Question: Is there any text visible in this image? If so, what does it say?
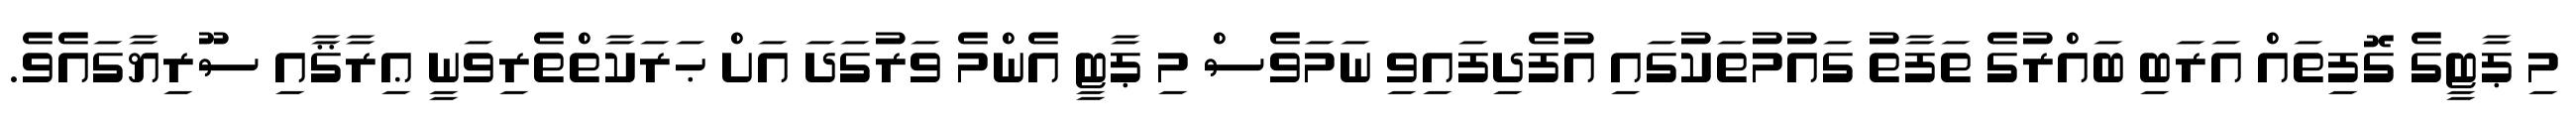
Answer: މި ޕާޓީގެ ގޮފިތައް އަރަބި ބައްރުގެ ތަފާތު ގައުމުތަކުގައި އުފެދިފައިވި ނަމަވެސް މި ޕާޓީ އެންމެ ވަރުގަދަ އަށް ޙަރަކާތްތެރިވަނީ ޢިރާޤާއި ސޫރިޔާގައެވެ.